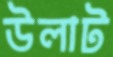
উলাট